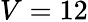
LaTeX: V=12